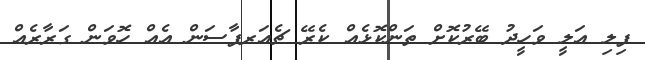
ފިލި އަލީ ވަހީދު ބޭރުކޮށް ތަންކޮޅެއް ކެރޭ ޗެއަރޕާސަން އެއް ހޮވަން ގަރާރެއް